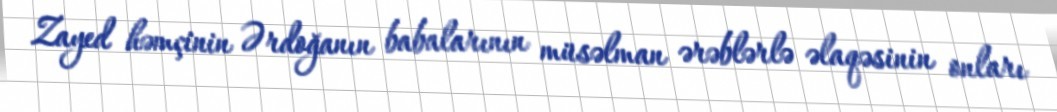
Zayed həmçinin Ərdoğanın babalarının müsəlman ərəblərlə əlaqəsinin onları